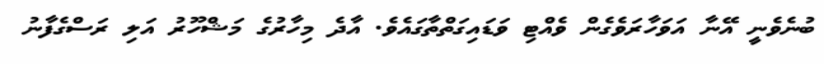
ބުނެވެނީ އޭނާ އަވަހާރަވެގެން ވެއްޓި ވަޑައިގަތްތާގައެވެ. އާދެ މިހާރުގެ މަޝްހޫރު އަލި ރަސްގެފާނު